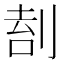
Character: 𠝛